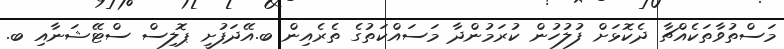
މަސްތުވާތަކެއްޗާ ދެކޮޅަށް ފުލުހުން ކުރަމުންދާ މަސައްކަތުގެ ތެރެއިން ބ.އޭދަފުށީ ޕޮލިސް ސްޓޭޝަނާއި ބ.